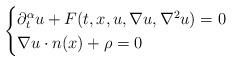
LaTeX: \begin{align*} \begin{cases} \partial_t^\alpha u+F(t,x,u,\nabla u,\nabla^2 u)=0\quad&\\ \nabla u\cdot n(x)+\rho=0\quad& \end{cases}\end{align*}